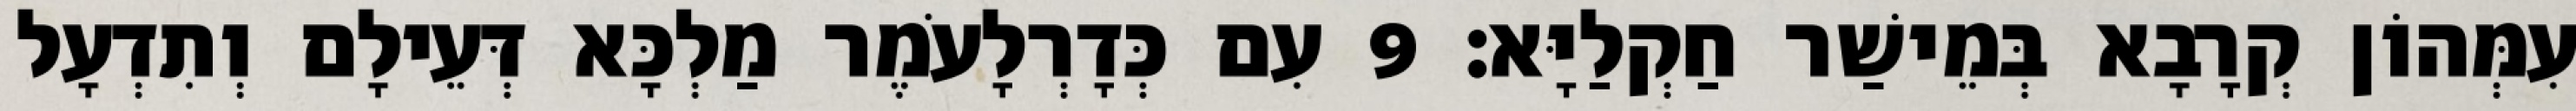
עִמְּהוֹן קְרָבָא בְּמֵישַׁר חַקְלַיָּא׃ 9 עִם כְּדָרְלָעֹמֶר מַלְכָּא דְּעֵילָם וְתִדְעָל